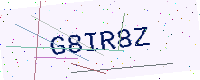
Text: G8IR8Z